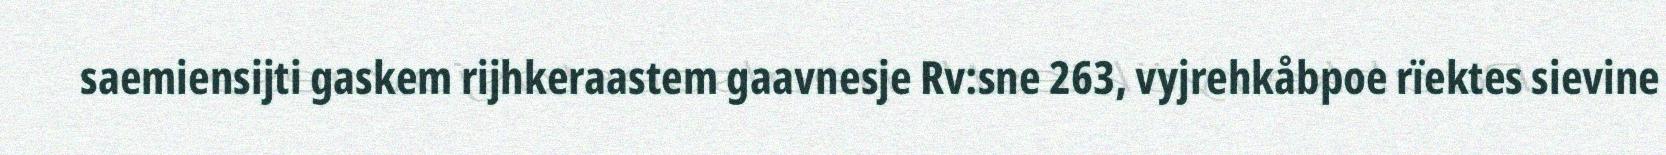
saemiensijti gaskem rijhkeraastem gaavnesje Rv:sne 263, vyjrehkåbpoe rïektes sievine